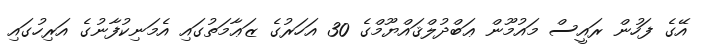
އޭގެ ފަހުން ރައީސް މައުމޫން ޢަބްދުލްޤައްޔޫމްގެ 30 އަހަރުގެ ޒަޢާމަތުގައި އެމަނިކުފާނުގެ އަރިހުގައި